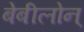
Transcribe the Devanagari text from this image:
बेबीलोन्